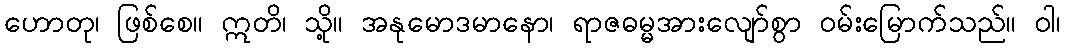
ဟောတု၊ ဖြစ်စေ။ ဣတိ၊ သို့။ အနုမောဒမာနော၊ ရာဇဓမ္မအားလျော်စွာ ဝမ်းမြောက်သည်။ ဝါ၊